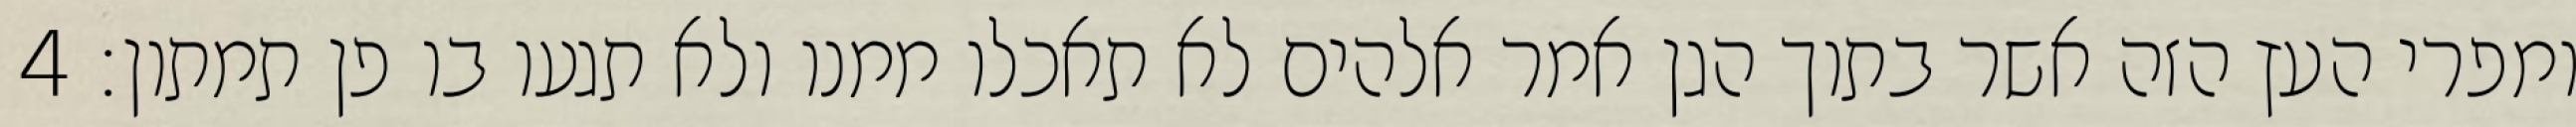
ומפרי העץ הזה אשר בתוך הגן אמר אלהים לא תאכלו ממנו ולא תגעו בו פן תמתון׃ ‎4‏